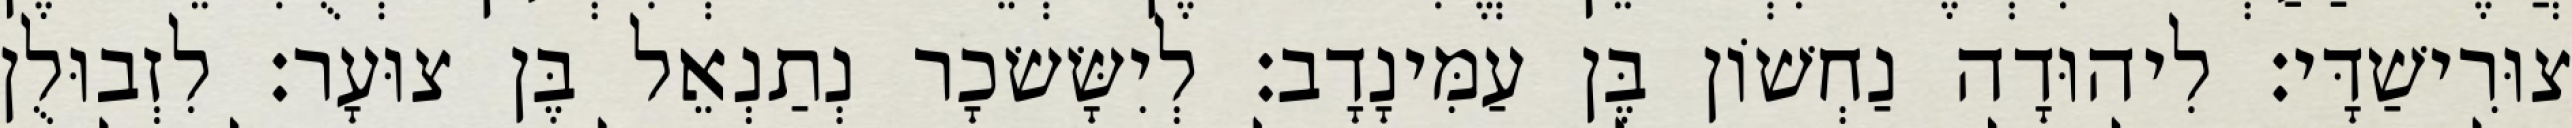
צוּרִישַׁדָּי׃ לִיהוּדָה נַחְשׁוֹן בֶּן עַמִּינָדָב׃ לְיִשָּׂשׂכָר נְתַנְאֵל בֶּן צוּעָר׃ לִזְבוּלֻן